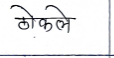
मजकूर: ठोकले